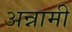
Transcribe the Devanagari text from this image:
अन्नामी